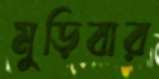
মুড়িবার